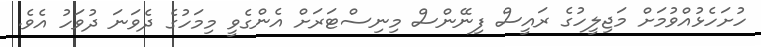
ހުށަހެޅުއްވުމަށް މަޖިލީހުގެ ރައީސް ފިނޭންސް މިނިސްޓަރަށް އެންގެވީ މިމަހުގެ ދެވަނަ ދުވަހު އެވެ.